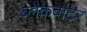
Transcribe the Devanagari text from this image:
ब्लैकवाटर